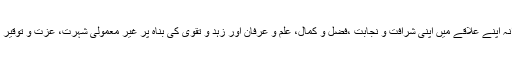
یہ سید گھرانہ اپنے علاقے میں اپنی شرافت و نجابت ،فضل و کمال، علم و عرفان اور زہد و تقویٰ کی بناہ پر غیر معمولی شہرت، عزت و توقیر کاحامل تھا۔